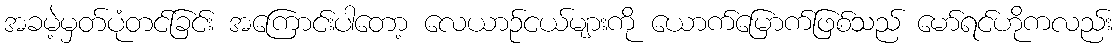
အခမဲ့မှတ်ပုံတင်ခြင်း အကြောင်းပါတော့ လေယာဉ်ငယ်များကို ယောက်မြောက်ဖြစ်သည် မော်ရင်ဟိုကလည်း